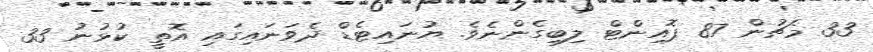
33 މެޗުން 87 ޕޮއިންޓް ލިބިގެންނެވެ. ޔުނައިޓެޑް ދެވަނައިގައި އޮތީ ކުޅުނު 33